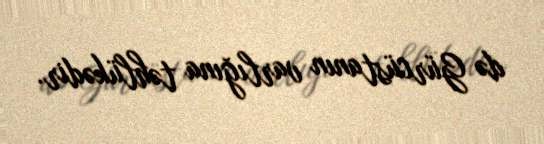
də Gürcüstanın varlığına təhlükədir.